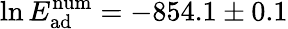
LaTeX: \ln E_{\mathrm{ad}}^{\mathrm{num}}=-854.1\pm 0.1